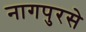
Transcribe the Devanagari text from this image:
नागपुरसे